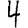
Digit: 4